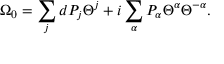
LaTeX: \Omega _ { 0 } = \sum _ { j } d P _ { j } \Theta ^ { j } + i \sum _ { \alpha } P _ { \alpha } \Theta ^ { \alpha } \Theta ^ { - \alpha } .